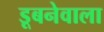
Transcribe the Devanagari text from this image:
डूबनेवाला